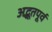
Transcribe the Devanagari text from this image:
अद्भूतपूर्व